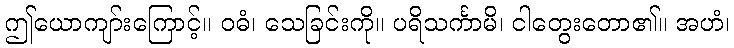
ဤယောကျာ်းကြောင့်။ ဝဓံ၊ သေခြင်းကို။ ပရိသင်္ကာမိ၊ ငါတွေးတော၏။ အဟံ၊